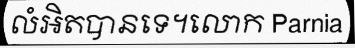
លំអិតបានទេ។លោក Parnia